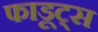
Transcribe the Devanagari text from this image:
फाडूट्स